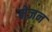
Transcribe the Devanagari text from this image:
मेजन